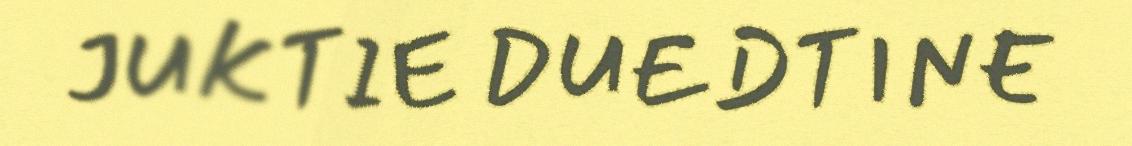
JUKTIE DUEDTINE